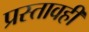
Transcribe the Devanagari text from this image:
प्रस्तावही